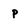
Character: p